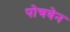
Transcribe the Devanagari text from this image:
पोचवेन